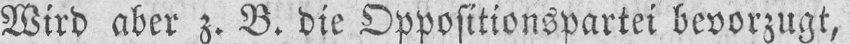
Wird aber z. B. die Oppositionspartei bevorzugt,